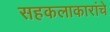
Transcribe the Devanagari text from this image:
सहकलाकारांचे